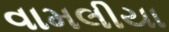
વામલીયા